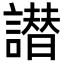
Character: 譛